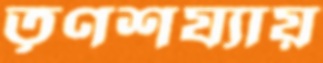
তৃণশয্যায়